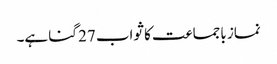
نماز باجماعت کا ثواب 27 گنا ہے۔